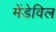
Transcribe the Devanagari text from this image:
मेंडेविल